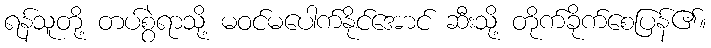
ရန်သူတို့ တပ်စွဲရာသို့ မဝင်မပေါက်နိုင်အောင် ဆီးသို့ တိုက်ခိုက်စေပြန်၏။